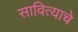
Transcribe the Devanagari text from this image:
सावित्याचे